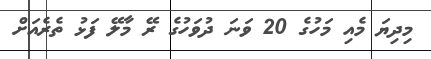
މިދިޔަ މެއި މަހުގެ 20 ވަނަ ދުވަހުގެ ރޭ މާލޭ ފަޅު ތެރެއަށް